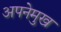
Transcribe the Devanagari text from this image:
अपनेमुख